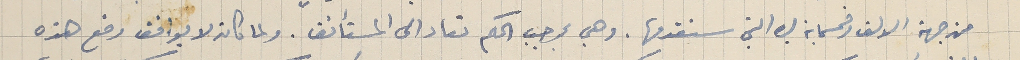
من جهة الالف وخمسماية ليره التي سنقدمها. وهي بموجب الحكم تعاد الى المستأنف. ولما كان لا يوافق وضع هذه